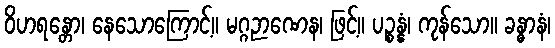
ဝိဟရန္တော၊ နေသောကြောင့်။ မဂ္ဂဉာဏေန၊ ဖြင့်။ ပဉ္စန္နံ၊ ကုန်သော။ ခန္ဓာနံ၊